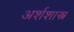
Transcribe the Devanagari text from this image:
अर्शशास्त्र